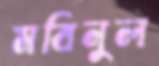
মবিনুল